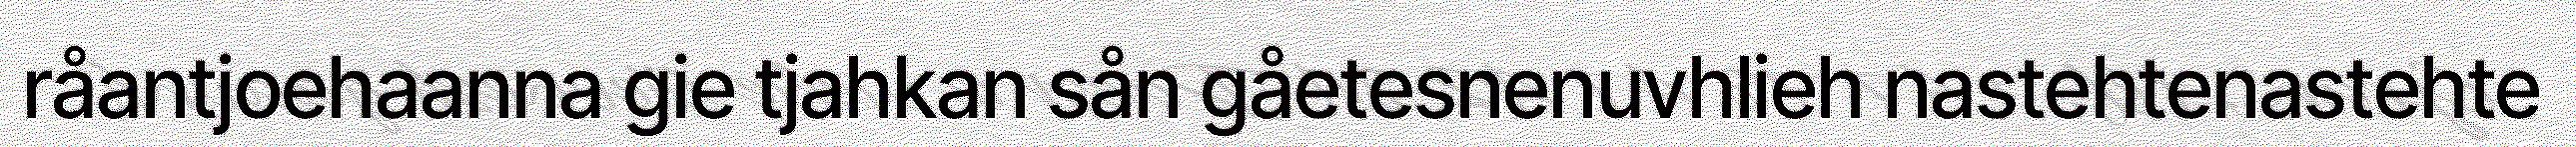
råantjoehaanna gie tjahkan sån gåetesnenuvhlieh nastehtenastehte